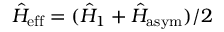
\hat { H } _ { \mathrm { e f f } } = ( \hat { H } _ { 1 } + \hat { H } _ { \mathrm { a s y m } } ) / 2